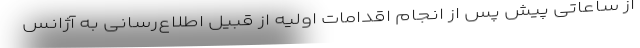
از ساعاتی پیش پس از انجام اقدامات اولیه از قبیل اطلاع‌رسانی به آژانس